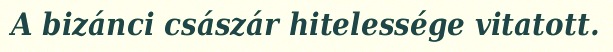
A bizánci császár hitelessége vitatott.